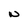
Character: N